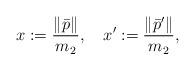
LaTeX: \begin{align*} x := \frac{\| \bar{p} \|}{m_{2}} , \quad x' := \frac{\| \bar{p}' \|}{m_{2}} , \quad\end{align*}